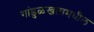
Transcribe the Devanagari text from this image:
गांडुळखतामधील